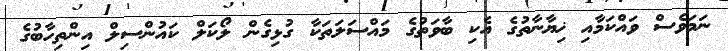
ނަމަވެސް ވައްކަމާއި ޚިޔާނާތުގެ އެކި ބާވަތުގެ މައްސަލަތަކާ ގުޅިގެން ލޯކަލް ކައުންސިލް އިންތިހާބުގެ